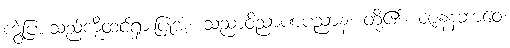
ကွဲပြားသည်ကိုထင်ရှားပြုအံ့။ သညာဝိညာဏပညာနံ၊ တို့၏။ ဇာနနဘာဝေ၊